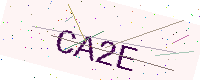
Text: CA2E